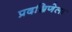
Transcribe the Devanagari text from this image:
प्रदक्षिणेला